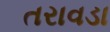
તરાવડા